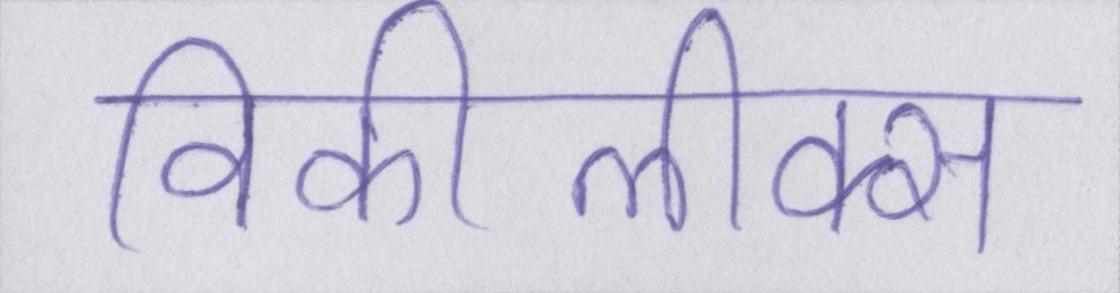
विकीलीक्स